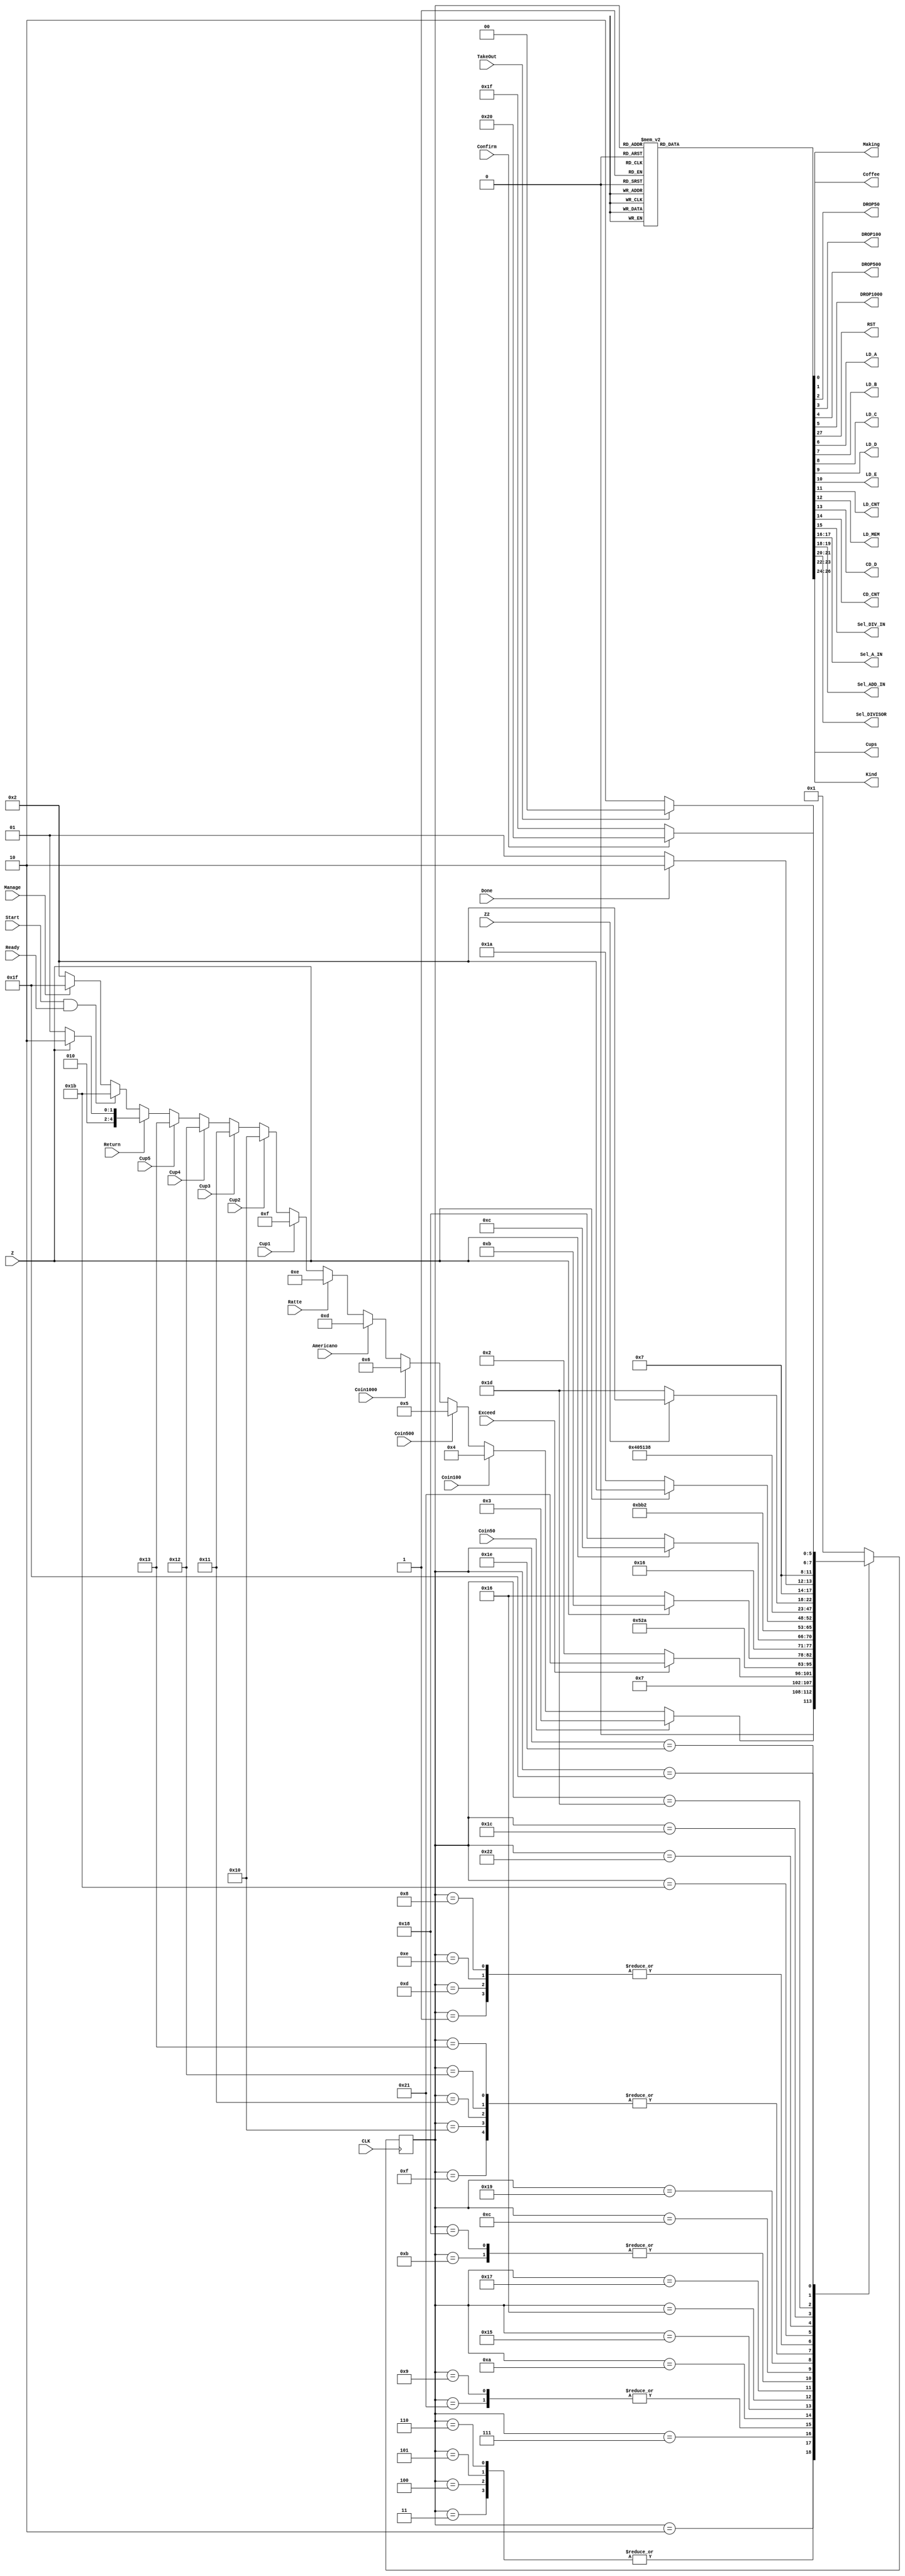
module ControlUnit(
	input CLK,
	
	input Start,input Return,input Manage,input Confirm,	//from User
	input Americano,input Ratte,
	input Cup1,input Cup2,input Cup3,input Cup4,input Cup5,
	input Coin50,input Coin100,input Coin500,input Coin1000,
	input Done,input TakeOut,	//from system
	input Z,input Z2,input Exceed,input Ready,	//from Data Path
	
	output Making, output Coffee,
	output DROP50, output DROP100, output DROP500, output DROP1000,
	output RST, 
	output LD_A,output LD_B,output LD_C,output LD_D,output LD_E,output LD_CNT,output LD_MEM,
	output CD_D,output CD_CNT,
	output Sel_DIV_IN,
	output [1:0] Sel_A_IN,output [1:0] Sel_ADD_IN,output [1:0] Sel_DIVISOR,
	output [1:0] Kind,output [2:0] Cups
    );
	 reg RST,Making,Coffee,DROP50,DROP100,DROP500,DROP1000,LD_A,LD_B,LD_C,LD_D,LD_E, LD_CNT,LD_MEM, CD_CNT,CD_D, Sel_DIV_IN;
	 reg [1:0] Sel_A_IN, Sel_ADD_IN, Sel_DIVISOR, Kind;
	 reg [2:0] Cups;
	 reg [5:0] ActState, NextState;
	 
	 parameter INIT  =6'd1;
	 parameter IDLE  =6'd2;
	 parameter COIN0 =6'd3;
	 parameter COIN1 =6'd4;
	 parameter COIN2 =6'd5;
	 parameter COIN3 =6'd6;
	 parameter CHECK =6'd7;
	 parameter CALC  =6'd8;
	 parameter RET0  =6'd9;
	 parameter RET1  =6'd10;
	 parameter RET2  =6'd11;
	 parameter RET3  =6'd12;
	 parameter COFF0 =6'd13;
	 parameter COFF1 =6'd14;
	 parameter CUP0  =6'd15;
	 parameter CUP1  =6'd16;
	 parameter CUP2  =6'd17;
	 parameter CUP3  =6'd18;
	 parameter CUP4  =6'd19;
	 parameter CUP5  =6'd20;
	 parameter RET1a =6'd21;
	 parameter RET1b =6'd22;
	 parameter RET2a =6'd23;
	 parameter RET2b =6'd24;
	 parameter RET3a =6'd25;
	 parameter RET3b =6'd26;
	 parameter MAKE0 =6'd27;
	 parameter MAKE1 =6'd28;
	 parameter MAKE2 =6'd29;
	 parameter MAKE3 =6'd30;
	 parameter MANAGE0 =6'd31;
	 parameter MANAGE1 =6'd32;
	 parameter EXCEED =6'd33;
	 parameter MAKE0a =6'd34;
	 //next state logic
	 always@(ActState or Start or Americano or Ratte or Exceed or Ready or Return or 
		Manage or Confirm or Done or TakeOut or
		Coin50 or Coin100 or Coin500 or Coin1000 or 
		Cup1 or Cup2 or Cup3 or Cup4 or Cup5 or
		Z or Z2)
		begin
			case(ActState)
				INIT : NextState = IDLE;
				IDLE : begin
					if(Coin50) NextState = COIN0;
					else if(Coin100) NextState = COIN1;
					else if(Coin500) NextState = COIN2;
					else if(Coin1000) NextState = COIN3;
					else if(Americano) NextState = COFF0;
					else if(Ratte) NextState = COFF1;
					else if(Cup1) NextState = CUP0;
					else if(Cup2) NextState = CUP1;
					else if(Cup3) NextState = CUP2;
					else if(Cup4) NextState = CUP3;
					else if(Cup5) NextState = CUP4;
					else if(Return) begin
						if(Z)NextState = RET1;
						else NextState = RET0;
							end
					else if(Start&&Ready) NextState = MAKE0;
					else if(Manage) NextState = MANAGE0;
					else NextState = IDLE;
						end
				COIN0 : NextState = CHECK;
				COIN1 : NextState = CHECK;
				COIN2 : NextState = CHECK;
				COIN3 : NextState = CHECK;
				CHECK: begin
					if(Exceed) NextState = EXCEED;
					else NextState = IDLE;
						end
				EXCEED: NextState = RET1;
				RET0  : NextState = RET1;
				RET1  : NextState = RET1a;
				RET1a : begin
					if(Z) NextState = RET2;
					else NextState = RET1b;
						end
				RET1b : NextState = RET2;
				
				RET2  : NextState = RET2a;
				RET2a : begin
					if(Z) NextState = RET3;
					else NextState = RET2b;
						end
				RET2b : NextState = RET2a;
				
				RET3  : NextState = RET3a;
				RET3a : begin
					if(Z) NextState = IDLE;
					else NextState = RET3b;
						end
				RET3b : NextState = INIT;
						
				COFF0 : NextState = IDLE;
				COFF1 : NextState = IDLE;
				CUP0 : NextState = CALC;
				CUP1 : NextState = CALC;
				CUP2 : NextState = CALC;
				CUP3 : NextState = CALC;
				CUP4 : NextState = CALC;
				CALC : NextState = IDLE;
				MAKE0 : NextState = MAKE0a;//calculate
				MAKE0a: NextState = MAKE1;//calculate
				MAKE1 : begin
					if(Z2)NextState = IDLE; //loop start point
					else NextState = MAKE2;
					end
				MAKE2 : begin
					if(Done) NextState = MAKE3;
					else NextState = MAKE2;
					end
				MAKE3 : begin
					if(TakeOut) NextState = MAKE1;
					else NextState = MAKE3;
					end
				MANAGE0 : begin
					if(Confirm) NextState = MANAGE1;
					else NextState = MANAGE0;
					end
				MANAGE1 : NextState = INIT;
				default: NextState = INIT;
			endcase
		end
	 //output logic
	 always@(ActState)
		begin
			RST = 0; Kind = 0; Cups =0;
			CD_CNT = 0; CD_D = 0;
			LD_A = 0; LD_B = 0; LD_C = 0; LD_D = 0; LD_E = 0; LD_CNT = 0; LD_MEM = 0;
			Sel_DIV_IN = 0;
			Sel_A_IN = 0; Sel_ADD_IN = 0; Sel_DIVISOR = 0;
			DROP1000 = 0; DROP500 = 0; DROP100 = 0; DROP50 = 0;
			Making = 0; Coffee = 0;
			case(ActState)
				INIT : RST=1;
				IDLE :;
				COIN0 : begin 
					LD_A = 1;
					Sel_ADD_IN = 0;
					Sel_A_IN = 0;
					end
				COIN1 : begin 
					LD_A = 1;
					Sel_ADD_IN = 1;
					Sel_A_IN = 0;
					end 
				COIN2 : begin 
					LD_A = 1;
					Sel_ADD_IN = 2;
					Sel_A_IN = 0;
					end 
				COIN3 : begin 
					LD_A = 1;
					Sel_ADD_IN = 3;
					Sel_A_IN = 0;
					end 
				CHECK : begin
					LD_B = 1;
					LD_CNT = 1;
					Sel_DIV_IN = 1; //Aout
					Sel_DIVISOR =3; //20
					end
				EXCEED: begin
					LD_A =1;
					Sel_A_IN = 2;
					end
				RET0  : begin
					DROP1000 = 1;
					end
				RET1  : begin
					Sel_DIV_IN = 0;
					Sel_DIVISOR =2;
					LD_B = 1;
					LD_CNT = 1;
					end
				RET1a : ;
				RET1b : begin
					DROP500 = 1;
					end
				RET2  : begin
					Sel_DIV_IN = 0;
					Sel_DIVISOR =1;
					LD_B = 1;
					LD_CNT = 1;
					end
				RET2a : ;		
				RET2b  : begin
					DROP100 = 1;
					CD_CNT=1;
					end
						
				RET3  : begin
					Sel_DIV_IN = 0;
					Sel_DIVISOR =0;
					LD_B = 1;
					LD_CNT = 1;
					end
				RET3a : ;		
				RET3b  : begin
					DROP50 = 1;
					end
				COFF0 : begin
					LD_C = 1;
					Kind = 2'b01;
					end
				COFF1 : begin
					LD_C = 1;
					Kind = 2'b10;
					end
				CUP0 : begin
					LD_D = 1;
					Cups = 1;
					end
				CUP1 : begin
					LD_D = 1;
					Cups = 2;
					end
				CUP2 : begin
					LD_D = 1;
					Cups = 3;
					end
				CUP3 : begin
					LD_D = 1;
					Cups = 4;
					end
				CUP4: begin
					LD_D = 1;
					Cups = 5;
					end
				CALC: begin
					LD_E = 1;
					end
				MAKE0: begin
					LD_A = 1;
					Sel_A_IN =3;
					end
				MAKE0a : begin
					LD_B = 1;
					LD_CNT = 1;
					Sel_DIV_IN = 1; //Aout
					Sel_DIVISOR =3; //20
					end
				MAKE1: CD_D = 1;
				MAKE2: Making = 1;
				MAKE3: Coffee = 1;
				MANAGE0: ;
				MANAGE1: LD_MEM = 1;
				default;
			endcase
		end
	 //state register
	 always@(posedge CLK)
		begin
			ActState <= NextState;
		end
endmodule